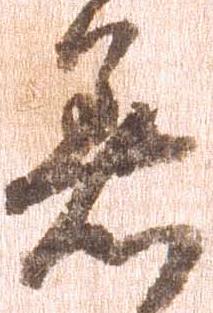
着